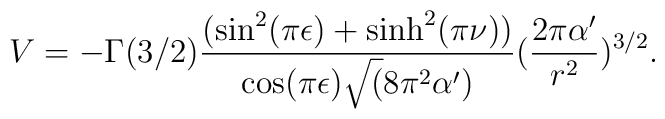
V=-\Gamma(3/2)\frac{(\sin^{2}(\pi \epsilon) +\sinh^{2}(\pi\nu))}{\cos(\pi \epsilon)\sqrt(8\pi^{2} \alpha ')}(\frac{2\pi \alpha '}{r^{2}})^{3/2}.